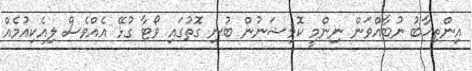
އިންތިޚާބު ނުބާއްވަން ނިންމީ ކޮމިޝަނުން ބުނި ގޮތުގައި ވޯޓާ ގުޅޭ އެއްވެސް ލިއެކިއުމެއް